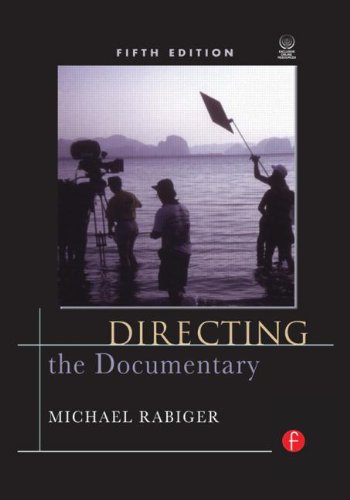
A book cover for Directing the Documentary; Michael Rabiger; Humor & Entertainment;